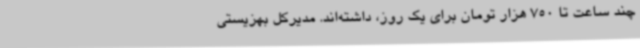
چند ساعت تا 750 هزار تومان برای یک روز، داشته‌اند. مدیرکل بهزیستی